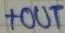
Text: +OUT